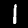
Digit: 1